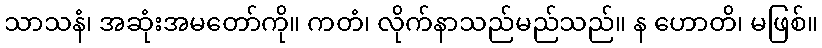
သာသနံ၊ အဆုံးအမတော်ကို။ ကတံ၊ လိုက်နာသည်မည်သည်။ န ဟောတိ၊ မဖြစ်။